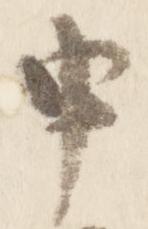
申